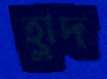
হ্লাদ